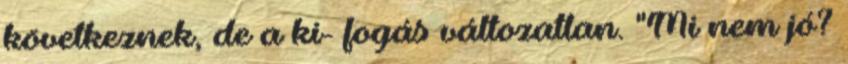
következnek, de a ki- fogás változatlan. "Mi nem jó?